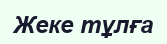
Жеке тұлға